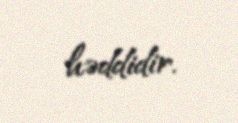
həddidir.